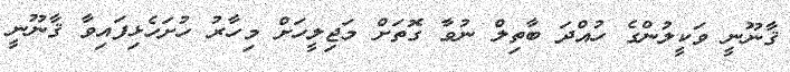
ޤާނޫނީ ވަކީލުންގެ ހުއްދަ ބާތިލް ނުވާ ގޮތަށް މަޖިލީހަށް މިހާރު ހުށަހެޅިފައިވާ ޤާނޫނީ